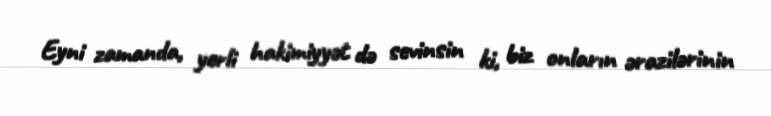
Eyni zamanda, yerli hakimiyyət də sevinsin ki, biz onların ərazilərinin